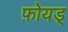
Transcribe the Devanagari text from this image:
फ़ोयड्